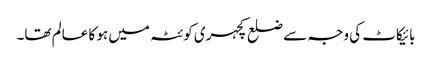
بائیکاٹ کی وجہ سے ضلع کچہری کوئٹہ میں ہو کا عالم تھا۔